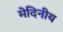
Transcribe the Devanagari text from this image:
मेदिनीय